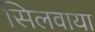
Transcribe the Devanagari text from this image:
सिलवाया